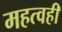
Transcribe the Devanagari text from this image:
महत्वही